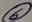
Text: 6